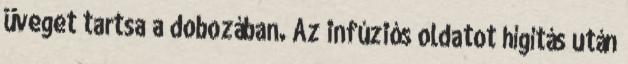
üveget tartsa a dobozában. Az infúziós oldatot hígítás után